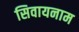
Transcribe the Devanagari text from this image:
सिवायनाम